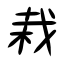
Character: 栽